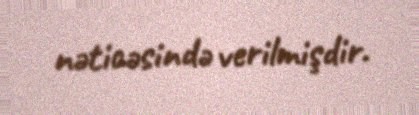
nəticəsində verilmişdir.